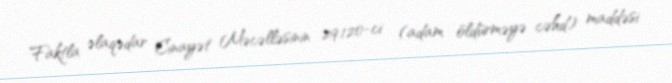
Faktla əlaqədar Cinayət Məcəlləsinin 29.120-ci (adam öldürməyə cəhd) maddəsi